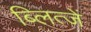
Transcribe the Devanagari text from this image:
ब्लित्जें